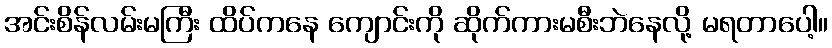
အင်းစိန်လမ်းမကြီး ထိပ်ကနေ ကျောင်းကို ဆိုက်ကားမစီးဘဲနေလို့ မရတာပေါ့။